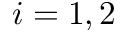
i = 1 , 2